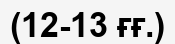
(12-13 ғғ.)